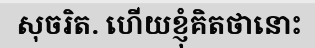
សុចរិត. ហើយខ្ញុំគិតថានោះ